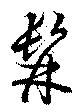
髥